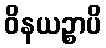
ဝိနယဉ္စာပိ